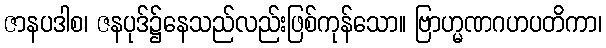
ဇာနပဒါစ၊ ဇနပုဒ်၌နေသည်လည်းဖြစ်ကုန်သော။ ဗြာဟ္မဏဂဟပတိကာ၊